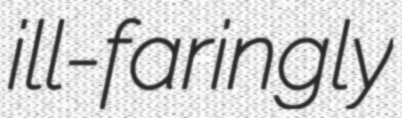
ill-faringly